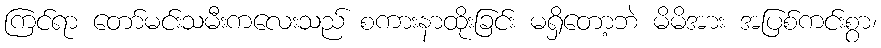
ကြင်ရာ တော်မင်းသမီးကလေးသည် စကားနာထိုးခြင်း မရှိတော့ဘဲ မိမိအား အပြစ်ကင်းစွာ၊